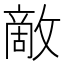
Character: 敵